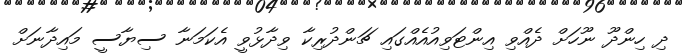
ދި ހިންދޫ ނޫހަށް ދެއްވި އިންޓަވިއުއެއްގައި ޗަންދުރިކާ ވިދާޅުވީ އެކަމަނާ ސިޔާސީ މައިދާނަށް